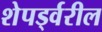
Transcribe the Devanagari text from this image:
शेपर्ड्वरील